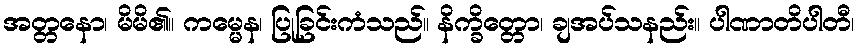
အတ္တနော၊ မိမိ၏။ ကမ္မေန၊ ပြုခြင်းကံသည်။ နိက္ခိတ္တော၊ ချအပ်သနည်း။ ပါဏာတိပါတီ၊